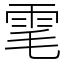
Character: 雮